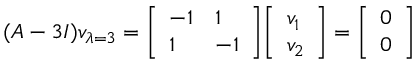
( A - 3 I ) v _ { \lambda = 3 } = { \left[ \begin{array} { l l } { - 1 } & { 1 } \\ { 1 } & { - 1 } \end{array} \right] } { \left[ \begin{array} { l } { v _ { 1 } } \\ { v _ { 2 } } \end{array} \right] } = { \left[ \begin{array} { l } { 0 } \\ { 0 } \end{array} \right] }